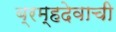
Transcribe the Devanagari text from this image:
ब्रम्हदेवाची